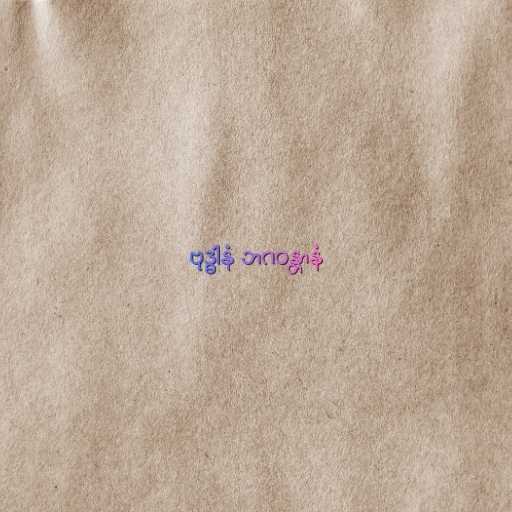
ဗုဒ္ဓါနံ ဘဂဝန္တာနံ